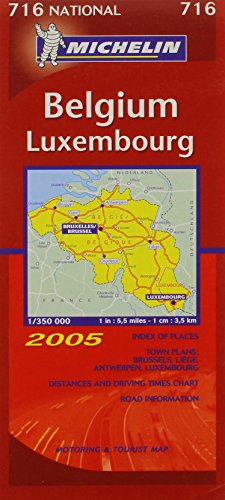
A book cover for Belgium and Luxembourg 2005 (Michelin National Maps); Travel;